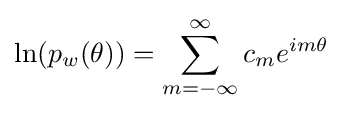
\ln(p_{w}(\theta ))=\sum _{m=-\infty }^{\infty }c_{m}e^{im\theta }